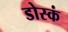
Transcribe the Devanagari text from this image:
डोस्कं